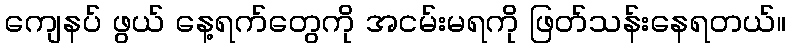
ကျေနပ် ဖွယ် နေ့ရက်တွေကို အငမ်းမရကို ဖြတ်သန်းနေရတယ်။